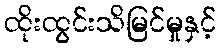
ထိုးထွင်းသိမြင်မှုနှင့်